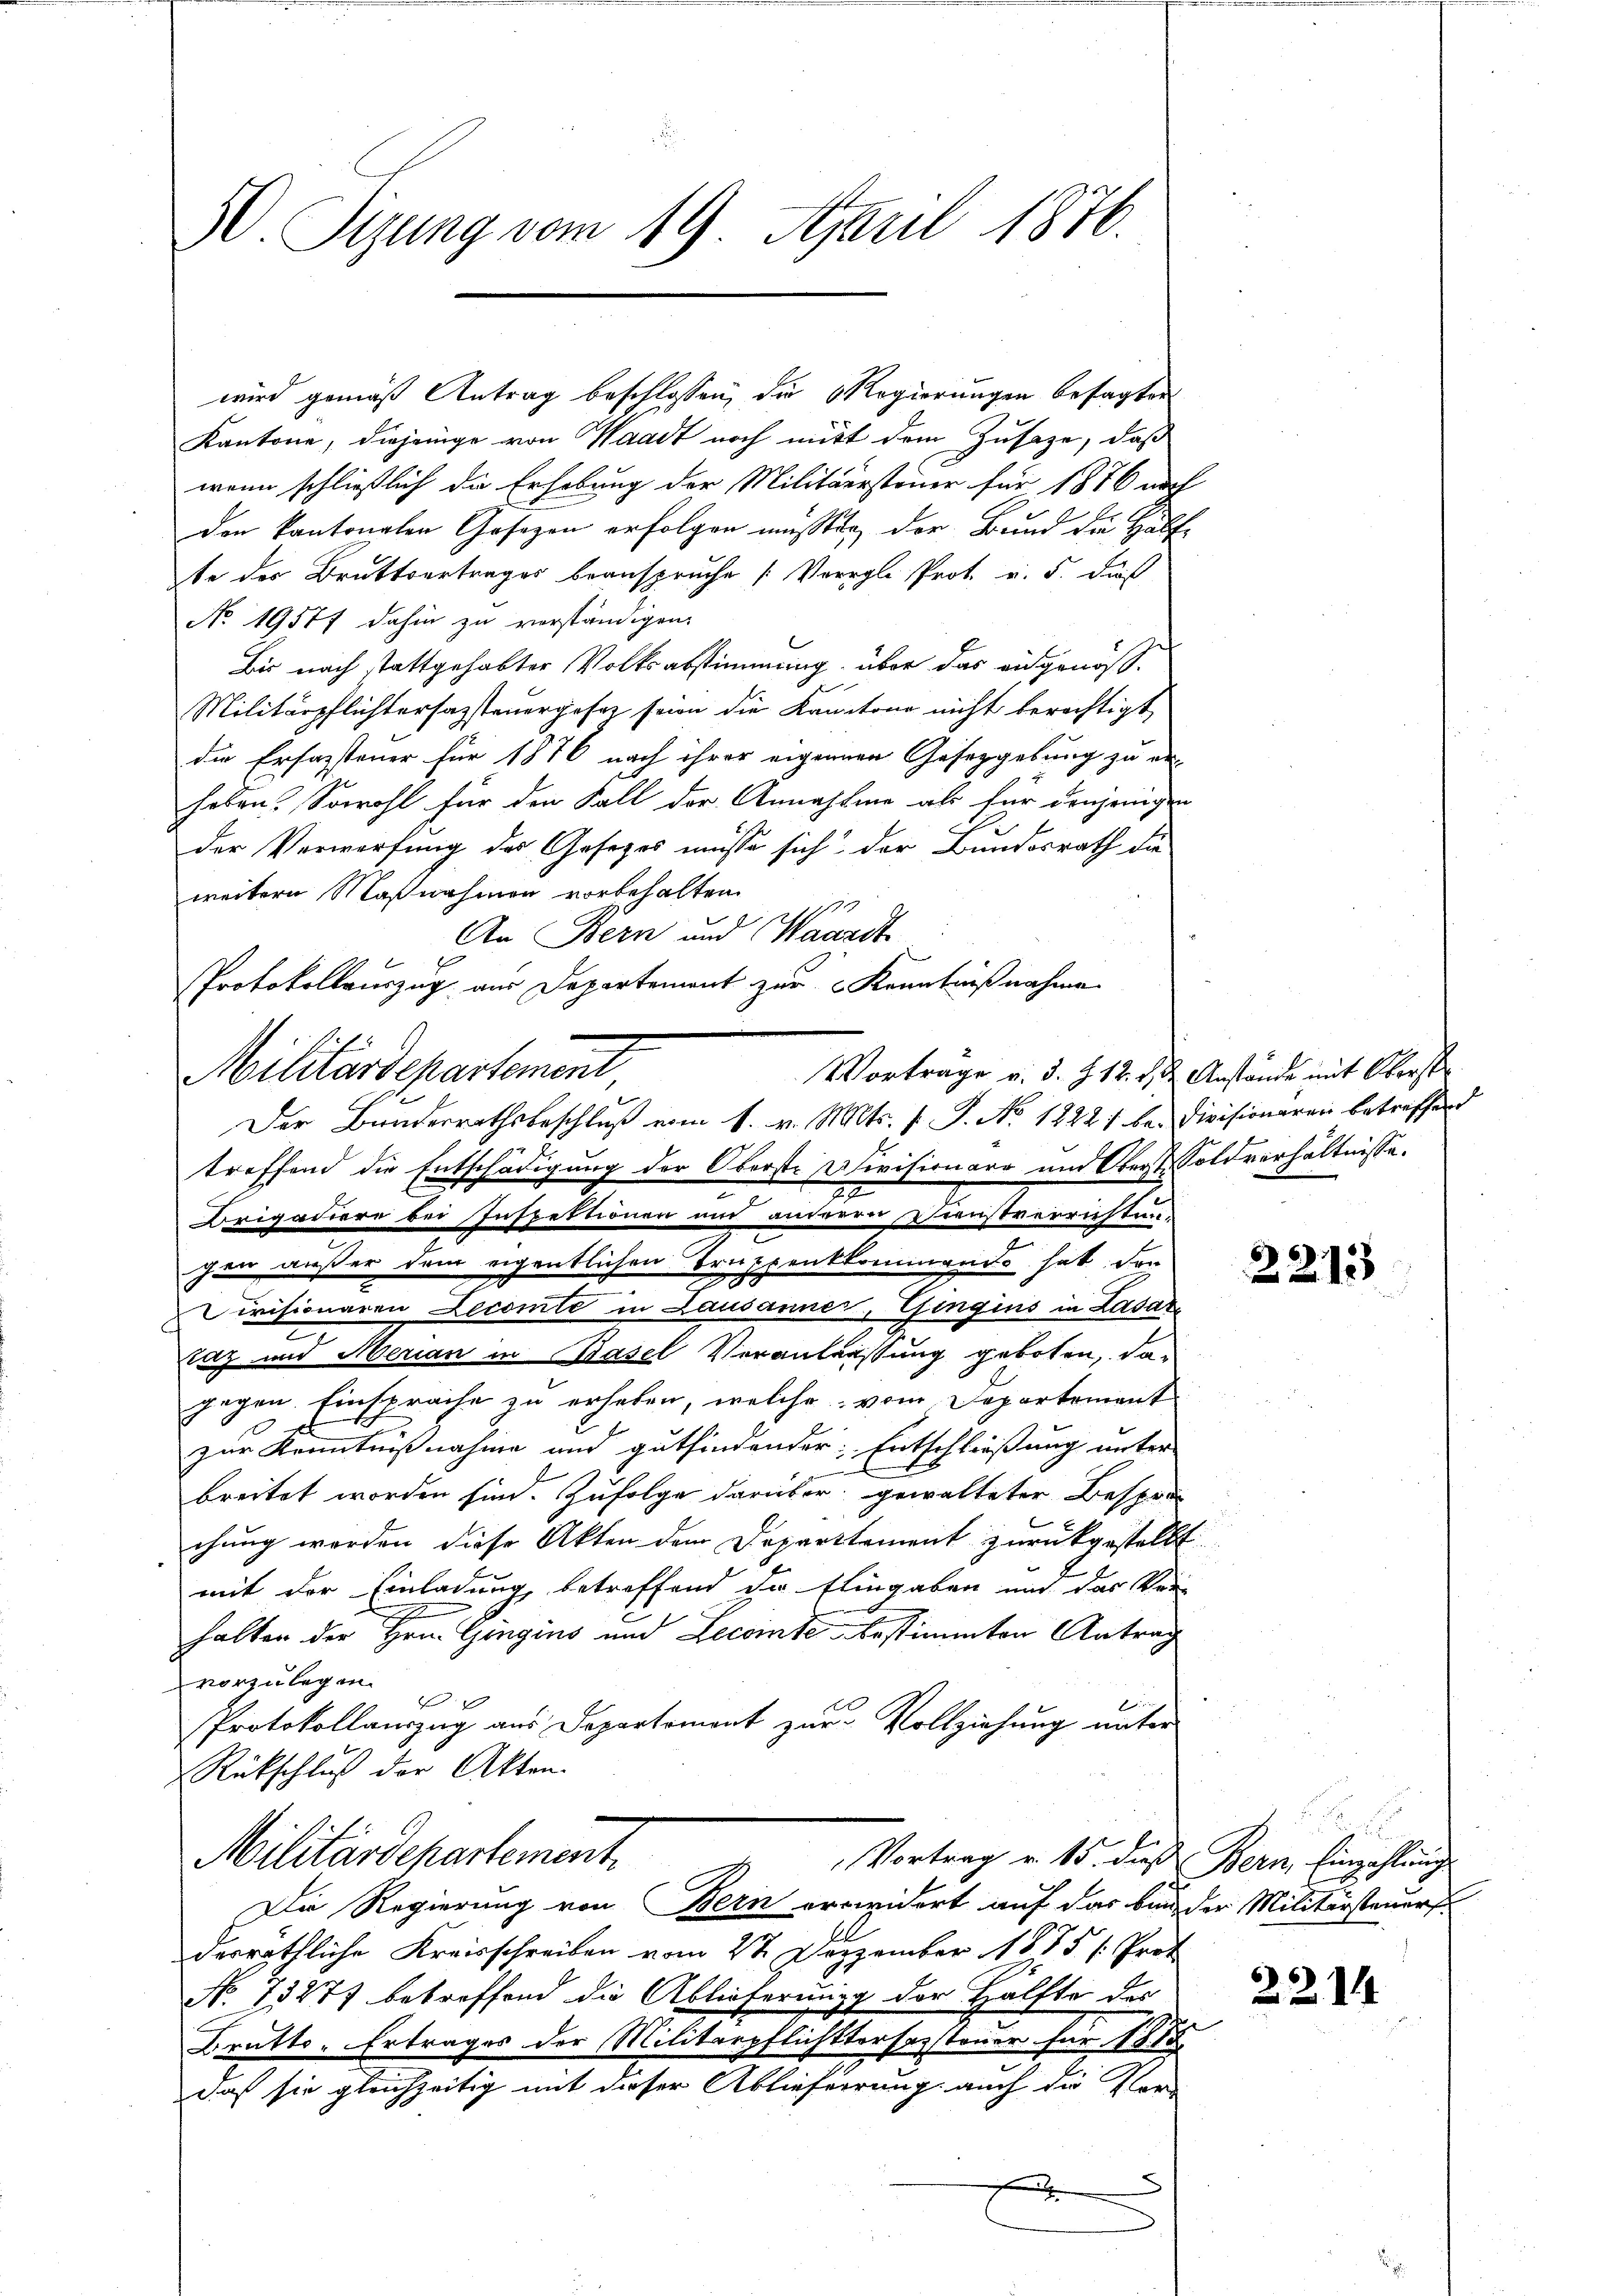
50. Sizung vom 19. April 1876.

Kantone, diejenige von Waadt noch mit dem Zusaze, daß
wenn schließlich die Erhebung der Militärsteuer für 1876 nach
den kantonalen Gesezen erfolgen müßten, der Bund die Hälfte der Bruttvertrages beanspruche Vorrele Prot. v. 5. daß
No. 19577 dahin zu verständigen.
Bis nach stattgehabter Volksabstimmung, über das ausgenöß¬
Militärpflichtersazsteuergesez seien die Kantone nicht berechtigt,
die Erfassteuer für 1876 nach ihrer eigennen Gesetzgebung zu er-
haben. Sowohl für den Fall der Annahme als für denjenigen
der Verwerfung des Gesezes müsse sich der Bundesrath die
weitern Maßnahmen vorbehalten.
i
An Bern und Waardt
Protokollauszug aus Departement zur Kenntnißnahme
Militärdepartement
Der Bundesrathsbeschluß vom 1. v. Mts. f. P. No. 12221 bei Divisionaren betreffend
treffend die Entschädigung der Oberste Divisionaro und Oberoldverhältnisse.
2
Beigaciere bei Inspektionen und anderen Dienstverrichtun-
chen außer dem eigentlichen Truppenkkommando hat, den
ivisionaren Lecomte in Lausanne, Gingins in Lasar
raz und Merian in Basel Veranlassung geboten, dagegen Einsprache zu erhaben, welche vom Departement
zur Kenntnißnahme und gutfindender Entschließung unter
breitet worden sind. Zufolge darüber gewalteter Bespre
chung werden diese Akten dem Departtement zurückgestellt
mit der Einladung betreffend die Eingaben und der Ver-
halten der Hrn. Gingins und Lecomte bestimmten Antrag
vorzulegen.

PProtokollauszug aus Departemont zur Vollziehung unter
Rückschluß der Akten.
Militärdepartement.
Vortrag v. 15. dieß Bern Einzahlung
Die Regierung von Bern erwidert auf das bin der Militärsteuerf
derräthliche Kreisschreiben vom 2te Dezember 1885 /: Prof.
No. 13277 betreffend die Ablieferung der Hälfte des
Brutto. Ertrages der Militärpflichttersezsteuer für 1878
daß sie gleichzeitig mit dieser Ablieferrung auch die Vor-
A

wird gemäß Antrag beschlossen, die Regierungen besagten

Vortrage v. d. J. 12. d. d. Anstände mit Oberst

2213

g

2.2. 14